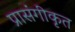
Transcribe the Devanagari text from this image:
प्रासंगीकृत